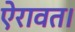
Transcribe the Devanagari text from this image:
ऐरावत।